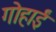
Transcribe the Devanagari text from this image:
गोहार्इं